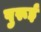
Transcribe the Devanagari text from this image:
पुरूई